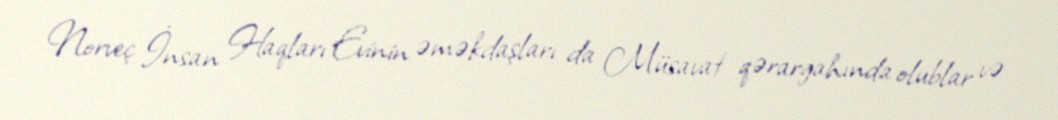
Norveç İnsan Haqları Evinin əməkdaşları da Müsavat qərargahında olublar və